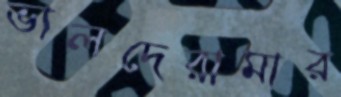
ভালদেরামার